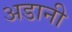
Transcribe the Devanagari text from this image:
अडानी